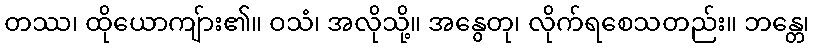
တဿ၊ ထိုယောကျ်ား၏။ ဝသံ၊ အလိုသို့။ အနွေတု၊ လိုက်ရစေသတည်း။ ဘန္တေ၊